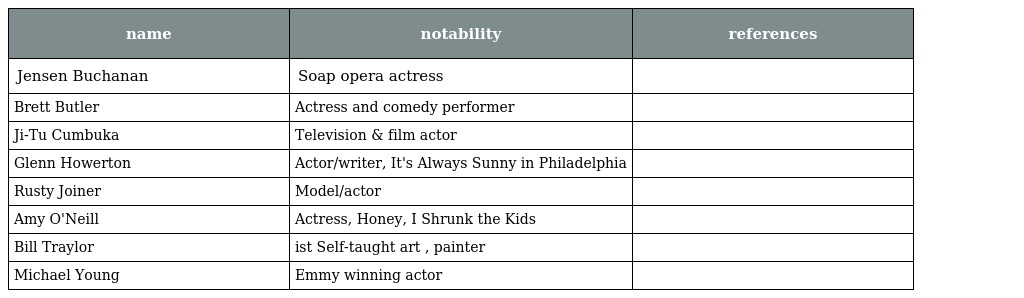
| name | notability | references |
 | --- | --- | --- |
 | Jensen Buchanan | Soap opera actress |  |
 | Brett Butler | Actress and comedy performer |  |
 | Ji-Tu Cumbuka | Television & film actor |  |
 | Glenn Howerton | Actor/writer, It's Always Sunny in Philadelphia |  |
 | Rusty Joiner | Model/actor |  |
 | Amy O'Neill | Actress, Honey, I Shrunk the Kids |  |
 | Bill Traylor | ist Self-taught art , painter |  |
 | Michael Young | Emmy winning actor |  |